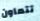
تتعاون